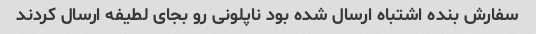
سفارش بنده اشتباه ارسال شده بود ناپلونی رو بجای لطیفه ارسال کردند